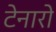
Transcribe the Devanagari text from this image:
टेनारो